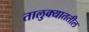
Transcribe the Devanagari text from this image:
तालुक्याततील